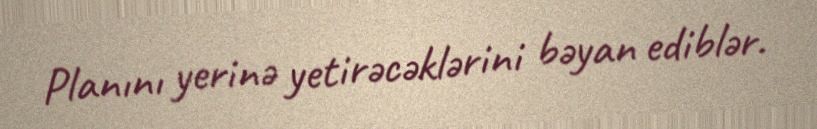
Planını yerinə yetirəcəklərini bəyan ediblər.